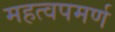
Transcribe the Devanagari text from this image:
महत्‍वपमर्ण